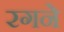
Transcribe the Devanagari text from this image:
रगने